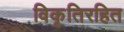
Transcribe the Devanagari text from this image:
विकृतिरहित